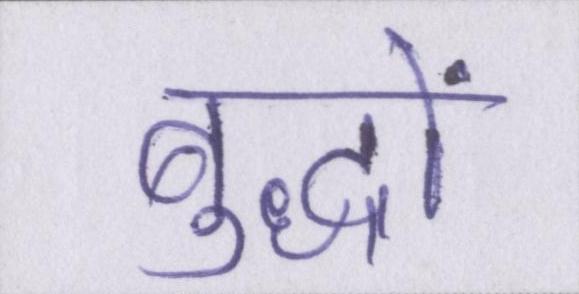
बुद्धों